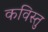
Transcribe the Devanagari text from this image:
कविस्तु